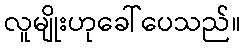
လူမျိုးဟုခေါ်ပေသည်။